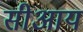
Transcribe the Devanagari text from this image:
सीआय